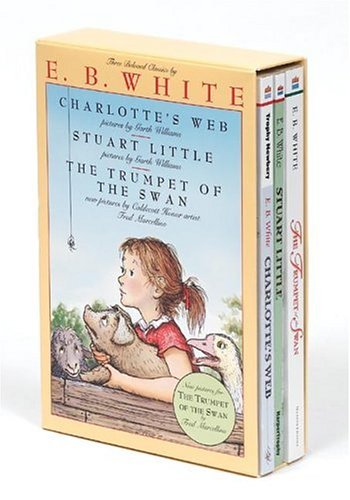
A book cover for E. B. White Box Set; E. B. White; Children's Books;